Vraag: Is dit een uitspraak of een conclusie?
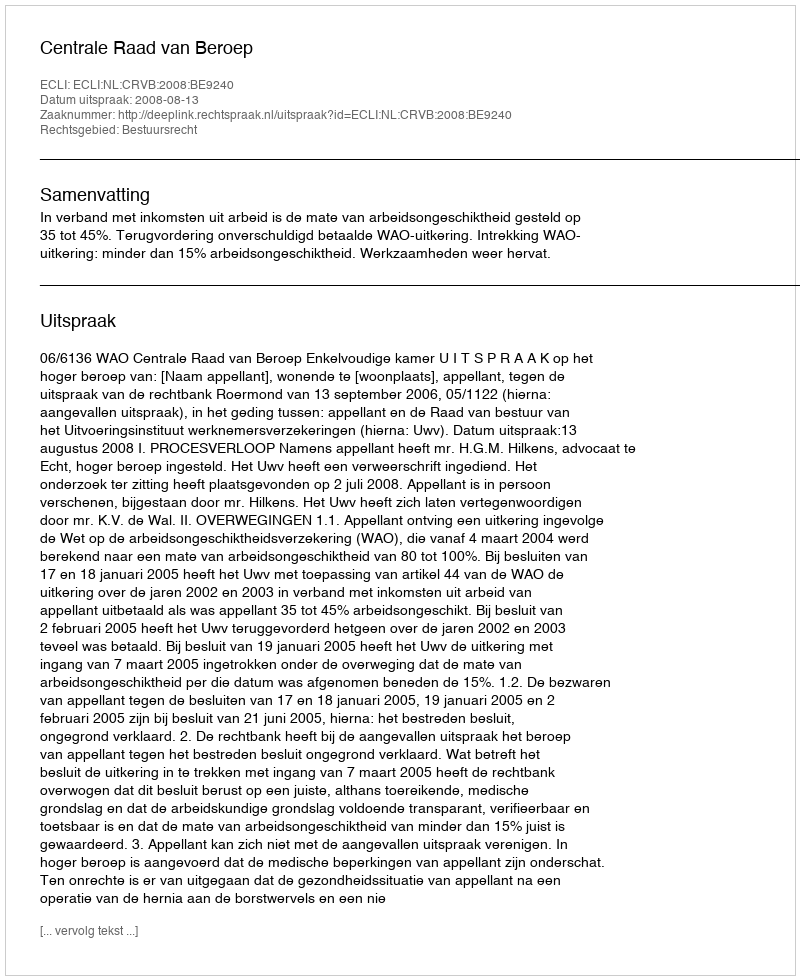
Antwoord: Uitspraak